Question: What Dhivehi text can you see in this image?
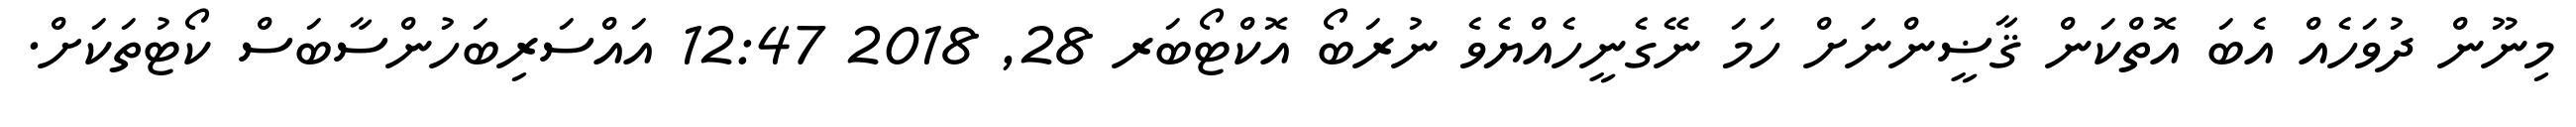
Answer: މިނޫން ދުވަހެއް އެބަ އޮތްކަން ޤާޟީންނަށް ހަމަ ނޭގެނީހެއްޔެވެ ނުރަބޯ އޮކްޓޯބަރ 28, 2018 12:47 އައްސަރިބަހުންސާބަސް ކޯޓުތަކަށް.